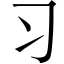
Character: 习